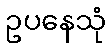
ဥပနေသုံ